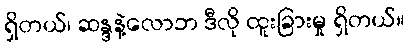
ရှိတယ်၊ ဆန္ဒနဲ့လောဘ ဒီလို ထူးခြားမှု ရှိတယ်။